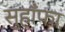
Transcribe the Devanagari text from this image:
सुहाँफा